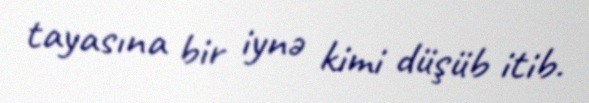
tayasına bir iynə kimi düşüb itib.